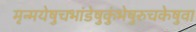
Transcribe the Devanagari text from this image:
मृन्मयेषुचभांडेषुकुंभेषुरुचकेषुवा